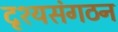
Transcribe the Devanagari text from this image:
दृश्यसंगठन